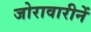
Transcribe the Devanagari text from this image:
जोरावारीनें